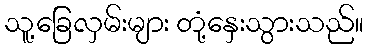
သူ့ခြေလှမ်းများ တုံ့နှေးသွားသည်။